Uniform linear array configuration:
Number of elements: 32
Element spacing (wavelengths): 1
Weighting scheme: hamming
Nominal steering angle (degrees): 45
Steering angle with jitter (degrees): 46.867
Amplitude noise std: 0.05
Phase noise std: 0.05

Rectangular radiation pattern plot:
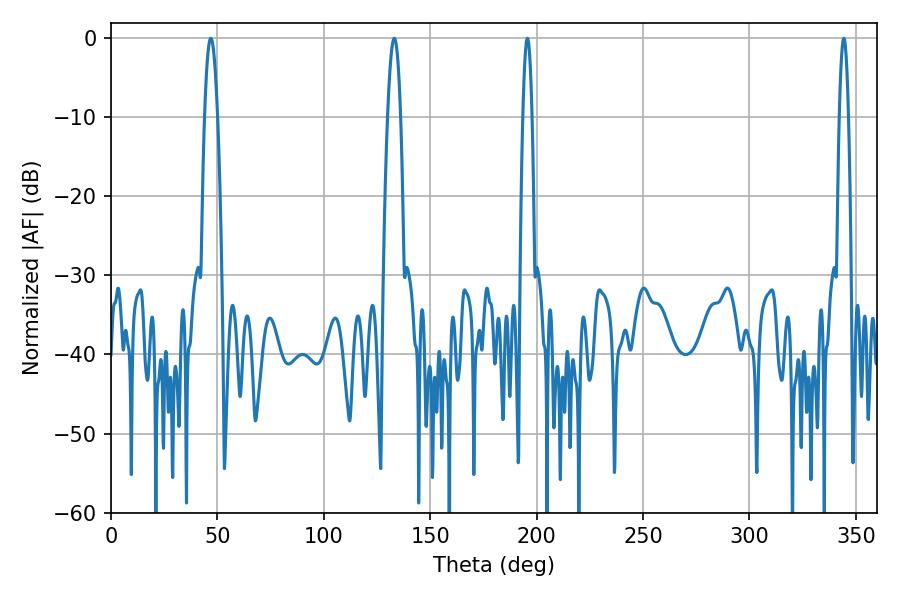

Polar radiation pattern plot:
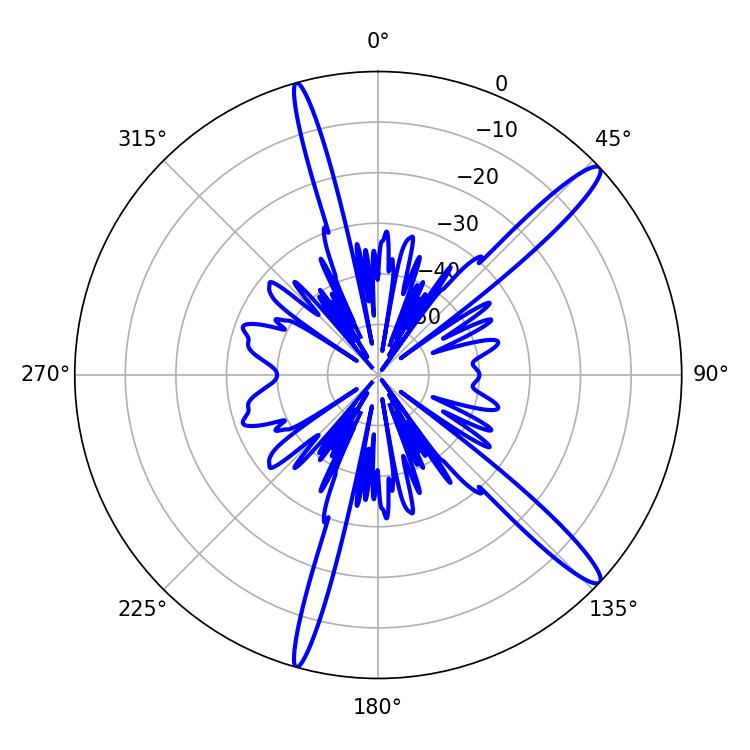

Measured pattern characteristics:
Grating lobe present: TRUE
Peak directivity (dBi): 14.638
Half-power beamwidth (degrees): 2.16
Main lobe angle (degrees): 195.66